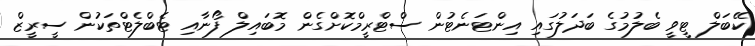
ކޭބަލް ޓީވީ ބެލުމުގެ ބަދަލުގައި އިންޓަނެޓުން ސްޓްރީމްކޮށްގެން މޮބައިލް ފޯނާއި ޓެބްލެޓްތަކުން ސީރީޒް